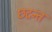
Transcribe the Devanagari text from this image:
छदन्त